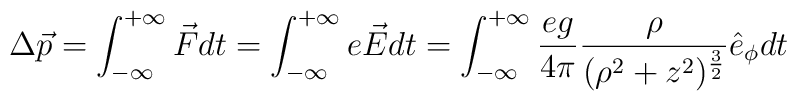
\Delta\vec{p}=\int_{-\infty}^{+\infty}\vec{F}dt=\int_{-\infty}^{+\infty}e\vec{E}dt=\int_{-\infty}^{+\infty}\frac{eg}{4\pi}\frac{\rho}{(\rho^{2}+z^{2})^{\frac{3}{2}}}\hat{e}_{\phi}dt